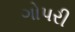
ગોપરી